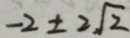
- 2 \pm 2 \sqrt { 2 }